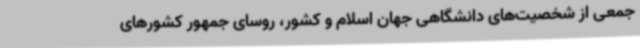
جمعی از شخصیت‌های دانشگاهی جهان اسلام‌ و کشور، روسای‌ جمهور کشورهای‌